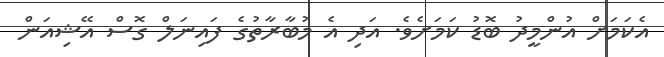
އެކަމަށް އުންމީދު ބޮޑު ކަމަށެވެ. އަދި އެ މުބާރާތުގެ ފައިނަލް ގޮސް އޭޝިއަން